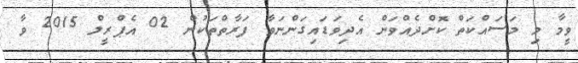
ވީމާ މި މަސައްކަތް ކޮށްދެއްވަން އެދިވަޑައިގަންނަވާ ފަރާތްތަކުން 02 އެޕްރީލް 2015 ވާ